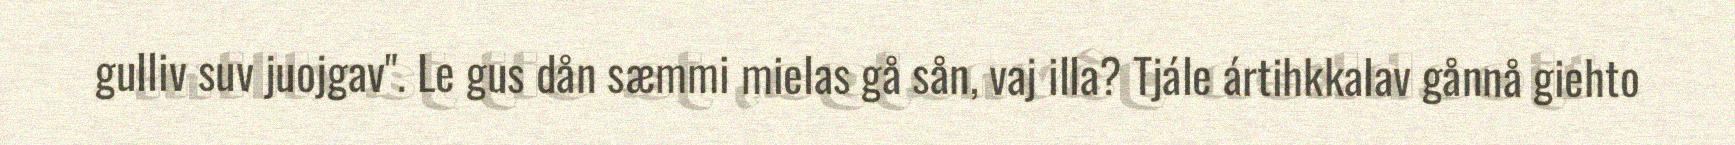
gulliv suv juojgav". Le gus dån sæmmi mielas gå sån, vaj illa? Tjále ártihkkalav gånnå giehto